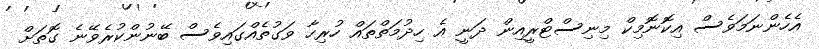
އެހެންނަމަވެސް އިކޮނޮމިކް މިނިސްޓްރީއިން ދަނީ އެ ހިދުމަތްތައް ހުރިހާ ވަގުތެއްގައިވެސް ބޭނުންކުރެވޭނެ ގޮތަށް